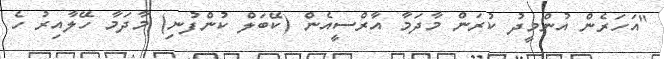
"އަހަރެން އުންމީދު ކުރަން މާދަމާ އާރްސީއެން (ކޭބަލް ކުންފުނި) މާދަމާ ހޭލާއިރު ހެ